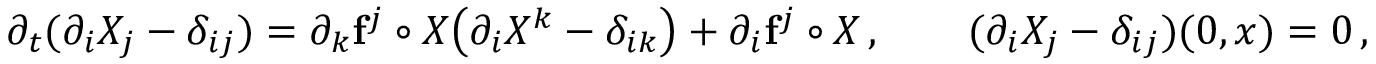
\begin{array} { r } { \partial _ { t } ( \partial _ { i } X _ { j } - \delta _ { i j } ) = \partial _ { k } \mathbf { f } ^ { j } \circ X \mathopen { } \mathclose \bgroup \left( \partial _ { i } X ^ { k } - \delta _ { i k } \aftergroup \egroup \right) + \partial _ { i } \mathbf { f } ^ { j } \circ X \, , \qquad ( \partial _ { i } X _ { j } - \delta _ { i j } ) ( 0 , x ) = 0 \, , } \end{array}